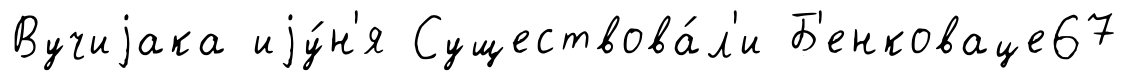
Вучиjака иjу́н'я Существова́л'и Б'енковаце67